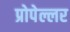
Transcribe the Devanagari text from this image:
प्रोपेल्लर